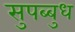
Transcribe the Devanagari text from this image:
सुपब्बुध